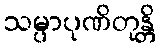
သမ္ပာပုဏိတုန္တိ